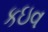
કઇવ